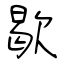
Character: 歇